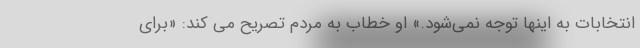
انتخابات به اینها توجه نمی‌شود.» او خطاب به مردم تصریح می کند: «برای